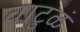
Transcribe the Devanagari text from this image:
वाटुळं